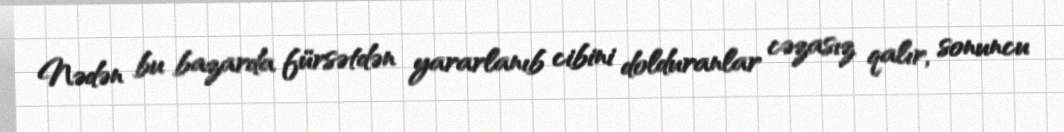
Nədən bu bazarda fürsətdən yararlanıb cibini dolduranlar cəzasız qalır, sonuncu